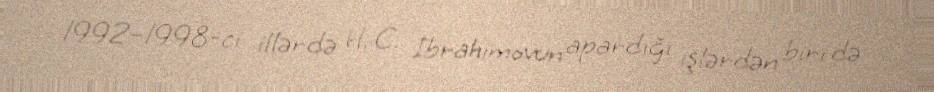
1992–1998-ci illərdə H. C. İbrahimovun apardığı işlərdən biri də